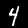
Label: 4